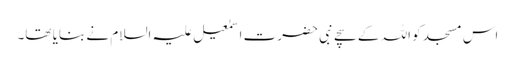
اس مسجد کو اللہ کے سچے نبی حضرت اسمٰعیل علیہ السلام نے بنایا تھا۔